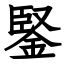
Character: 鋻